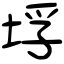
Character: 垺